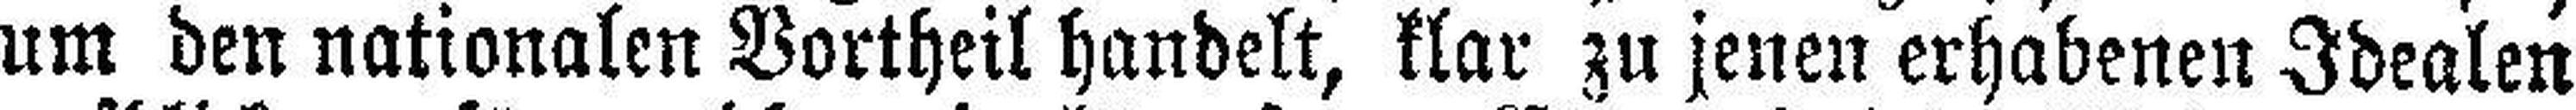
um den nationalen Vortheil handelt, klar zu jenen erhabenen Idealen